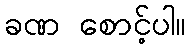
ခဏ စောင့်ပါ။